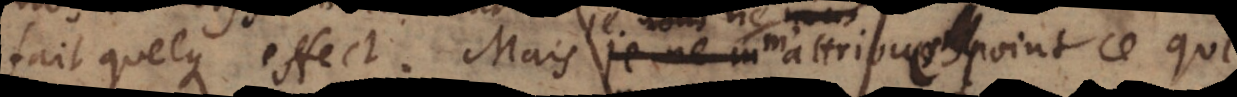
fait quelque effect. Mais je ne m’attribue point ce qui